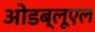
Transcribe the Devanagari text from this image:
ओडब्लूएल